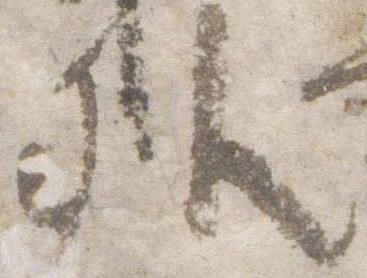
外